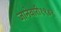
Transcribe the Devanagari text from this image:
जानेवारी१९४९